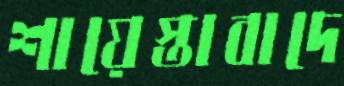
শায়েস্তাবাদে